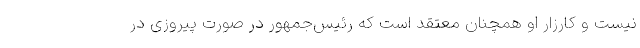
نیست و کارزار او همچنان معتقد است که رئیس‌جمهور در صورت پیروزی در